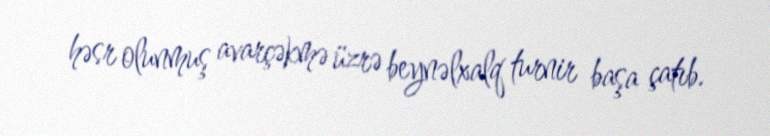
həsr olunmuş avarçəkmə üzrə beynəlxalq turnir başa çatıb.